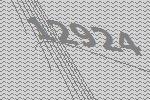
12924